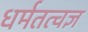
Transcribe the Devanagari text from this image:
धर्मतत्वज्ञ